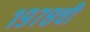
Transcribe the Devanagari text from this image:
१९७८ची